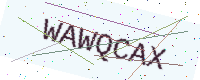
Text: WAWQCAX